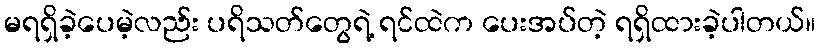
မရရှိခဲ့ပေမဲ့လည်း ပရိသတ်တွေရဲ့ ရင်ထဲက ပေးအပ်တဲ့ ရရှိထားခဲ့ပါတယ်။